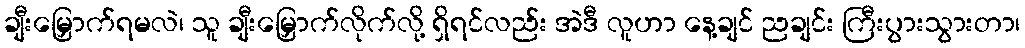
ချီးမြှောက်ရမလဲ၊ သူ ချီးမြှောက်လိုက်လို့ ရှိရင်လည်း အဲဒီ လူဟာ နေ့ချင် ညချင်း ကြီးပွားသွားတာ၊